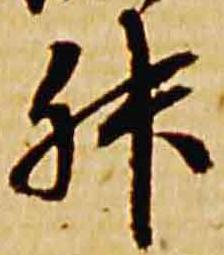
升